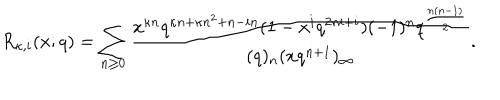
LaTeX: R _ { \kappa , i } ( x ; q ) = \sum _ { n \geq 0 } \frac { x ^ { \kappa n } q ^ { \kappa n + \kappa n ^ { 2 } + n - i n } ( 1 - x ^ { i } q ^ { 2 n i + i } ) ( - 1 ) ^ { n } q ^ { \frac { n ( n - 1 ) } { 2 } } } { ( q ) _ { n } ( x q ^ { n + 1 } ) _ { \infty } } .